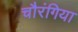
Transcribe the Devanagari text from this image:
चौरंगिया